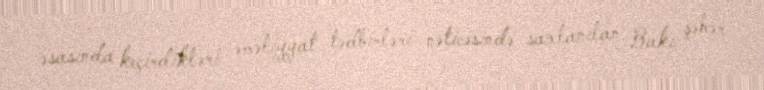
əsasında keçirdikləri əməliyyat tədbirləri nəticəsində saxlanılan Bakı şəhər